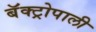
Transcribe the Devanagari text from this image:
बॅक्ट्रोपाली